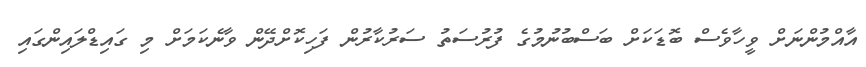
އާއްމުންނަށް ވީހާވެސް ބޮޑަކަށް ބަސްބުނުމުގެ ފުރުސަތު ސަރުކާރުން ފަހިކޮށްދޭން ވާނެކަމަށް މި ގައިޑްލައިންގައި